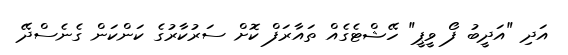
އަދި "އަދީބު ފޯ ވީޕީ" ހޭޝްޓެގެއް ތައާރަފް ކޮށް ސަރުކާރުގެ ކަންކަން ގެނެސްދޭ